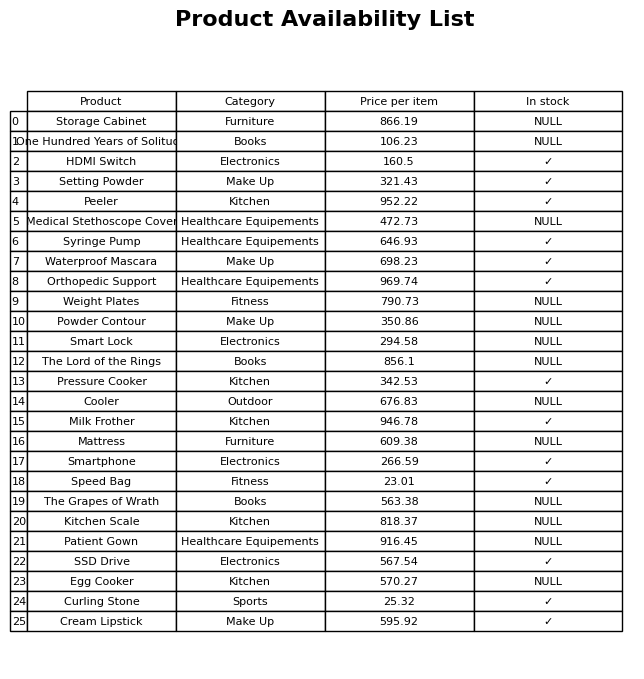
question: What is the price of the Egg Cooker?
answer: The price of Egg Cooker is 570.27.